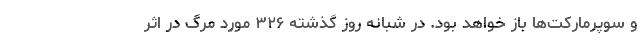
و سوپرمارکت‌ها باز خواهد بود. در شبانه روز گذشته ۳۲۶ مورد مرگ در اثر